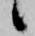
候